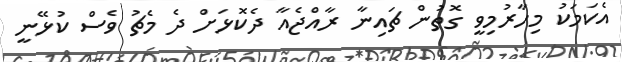
އެކަމަކު މިހާރުމިވީ ގޮތުން ޗައިނާ ރާއްޖެއާ ދެކޮޅަށް ދެ މެޗު ވެސް ކުޅޭނީ